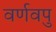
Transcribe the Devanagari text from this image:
वर्णवपु